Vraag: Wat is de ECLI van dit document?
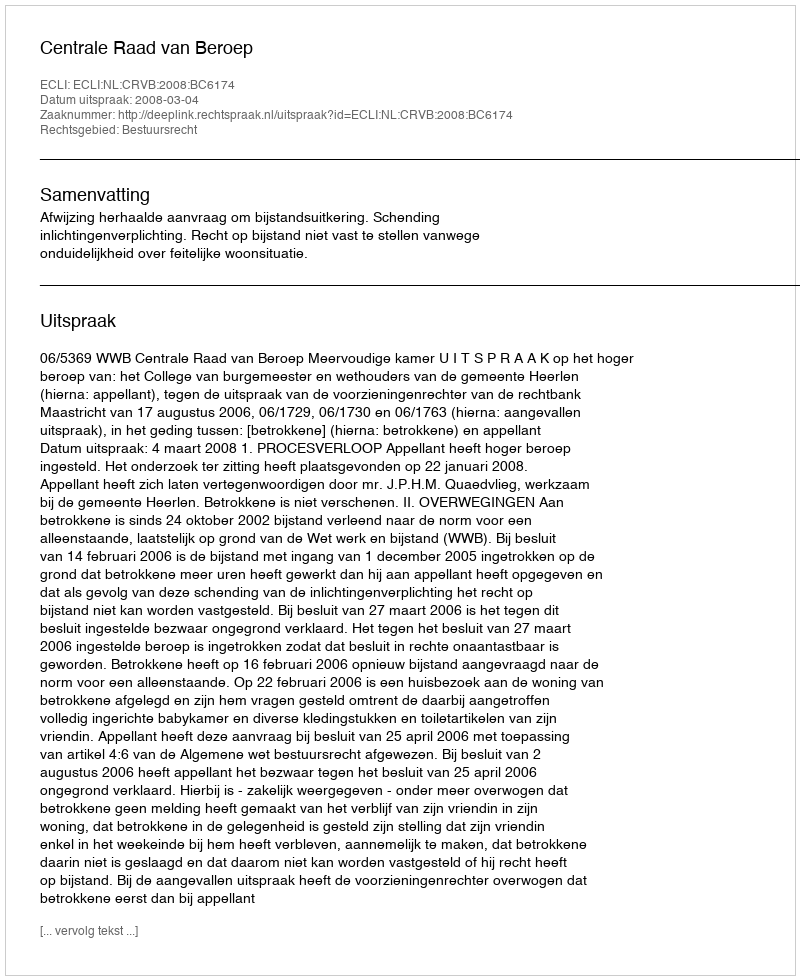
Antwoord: ECLI:NL:CRVB:2008:BC6174